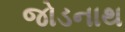
જોડનાથ